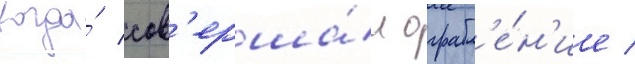
когда́ сов'ерша́л ограбл'е́н'ие /